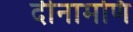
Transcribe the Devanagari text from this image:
दीनामणि